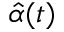
{ \hat { \alpha } } ( t )